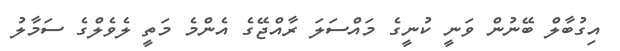
އިގުބާލް ބޭނުން ވަނީ ކުނީގެ މައްސަލަ ރާއްޖޭގެ އެންމެ މަތީ ލެވެލްގެ ސަމާލު